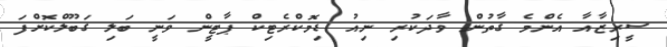
ސީރިޒާއާ އެންމެ ގާތުން ވާދަކުރި ނިއު ޑިމޮކްރެޓިކް ޕާޓީން ވަނީ ބަލި ގަބޫލްކޮށްފަ